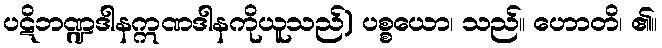
ပဋိဘဏ္ဍဒါနဣဏဒါနကိုယူသည်) ပစ္စယော၊ သည်။ ဟောတိ၊ ၏။